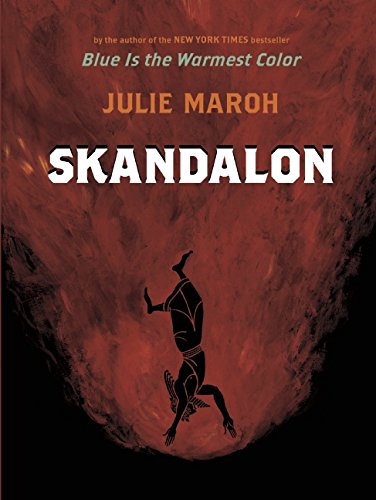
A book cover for Skandalon; Julie Maroh; Comics & Graphic Novels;